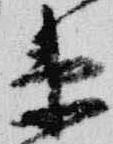
衛